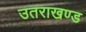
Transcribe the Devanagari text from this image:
उतराखण्ड